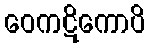
ဝေကဋိကောပိ